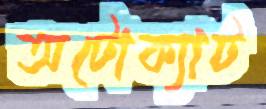
অটোক্যাট